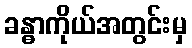
ခန္ဓာကိုယ်အတွင်းမှ